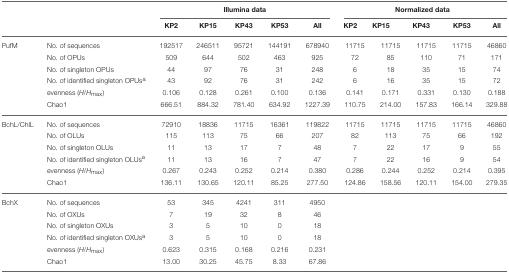
<table><thead><tr><td></td><td></td><td colspan="5"><b>Illumina data</b></td><td colspan="5"><b>Normalized data</b></td></tr><tr><td></td><td></td><td><b>KP2</b></td><td><b>KP15</b></td><td><b>KP43</b></td><td><b>KP53</b></td><td><b>All</b></td><td><b>KP2</b></td><td><b>KP15</b></td><td><b>KP43</b></td><td><b>KP53</b></td><td><b>All</b></td></tr></thead><tbody><tr><td>PufM</td><td>No. of sequences</td><td>192517</td><td>246511</td><td>95721</td><td>144191</td><td>678940</td><td>11715</td><td>11715</td><td>11715</td><td>11715</td><td>46860</td></tr><tr><td></td><td>No. of OPUs</td><td>509</td><td>644</td><td>502</td><td>463</td><td>925</td><td>72</td><td>85</td><td>110</td><td>71</td><td>171</td></tr><tr><td></td><td>No. of singleton OPUs</td><td>44</td><td>97</td><td>76</td><td>31</td><td>248</td><td>6</td><td>18</td><td>35</td><td>15</td><td>74</td></tr><tr><td></td><td>No. of identified singleton OPUs<sup>a</sup></td><td>43</td><td>92</td><td>76</td><td>31</td><td>242</td><td>6</td><td>16</td><td>35</td><td>15</td><td>72</td></tr><tr><td></td><td>evenness (<i>H</i>/<i>H</i><sub>max</sub>)</td><td>0.106</td><td>0.128</td><td>0.261</td><td>0.100</td><td>0.136</td><td>0.141</td><td>0.171</td><td>0.331</td><td>0.130</td><td>0.188</td></tr><tr><td></td><td>Chao1</td><td>666.51</td><td>884.32</td><td>781.40</td><td>634.92</td><td>1227.39</td><td>110.75</td><td>214.00</td><td>157.83</td><td>166.14</td><td>329.88</td></tr><tr><td>BchL/ChlL</td><td>No. of sequences</td><td>72910</td><td>18836</td><td>11715</td><td>16361</td><td>119822</td><td>11715</td><td>11715</td><td>11715</td><td>11715</td><td>46860</td></tr><tr><td></td><td>No. of OLUs</td><td>115</td><td>113</td><td>75</td><td>66</td><td>207</td><td>82</td><td>113</td><td>75</td><td>66</td><td>192</td></tr><tr><td></td><td>No. of singleton OLUs</td><td>11</td><td>13</td><td>17</td><td>7</td><td>48</td><td>7</td><td>22</td><td>17</td><td>9</td><td>55</td></tr><tr><td></td><td>No. of identified singleton OLUs<sup>a</sup></td><td>11</td><td>13</td><td>16</td><td>7</td><td>47</td><td>7</td><td>22</td><td>16</td><td>9</td><td>54</td></tr><tr><td></td><td>evenness (<i>H</i>/<i>H</i><sub>max</sub>)</td><td>0.267</td><td>0.243</td><td>0.252</td><td>0.214</td><td>0.380</td><td>0.286</td><td>0.244</td><td>0.252</td><td>0.214</td><td>0.395</td></tr><tr><td></td><td>Chao1</td><td>136.11</td><td>130.65</td><td>120.11</td><td>85.25</td><td>277.50</td><td>124.86</td><td>158.56</td><td>120.11</td><td>154.00</td><td>279.35</td></tr><tr><td>BchX</td><td>No. of sequences</td><td>53</td><td>345</td><td>4241</td><td>311</td><td>4950</td><td></td><td></td><td></td><td></td><td></td></tr><tr><td></td><td>No. of OXUs</td><td>7</td><td>19</td><td>32</td><td>8</td><td>46</td><td></td><td></td><td></td><td></td><td></td></tr><tr><td></td><td>No. of singleton OXUs</td><td>3</td><td>5</td><td>10</td><td>0</td><td>18</td><td></td><td></td><td></td><td></td><td></td></tr><tr><td></td><td>No. of identified singleton OXUs<sup>a</sup></td><td>3</td><td>5</td><td>10</td><td>0</td><td>18</td><td></td><td></td><td></td><td></td><td></td></tr><tr><td></td><td>evenness (<i>H</i>/<i>H</i><sub>max</sub>)</td><td>0.623</td><td>0.315</td><td>0.168</td><td>0.216</td><td>0.231</td><td></td><td></td><td></td><td></td><td></td></tr><tr><td></td><td>Chao1</td><td>13.00</td><td>30.25</td><td>45.75</td><td>8.33</td><td>67.86</td><td></td><td></td><td></td><td></td><td></td></tr></tbody></table>